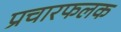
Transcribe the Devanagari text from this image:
प्रचारफलक